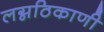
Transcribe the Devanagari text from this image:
लग्नठिकाणी